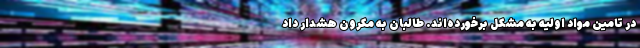
در تامین مواد اولیه به مشکل برخورده‌اند. طالبان به مکرون هشدار داد